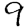
Digit: 9